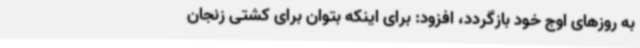
به روزهای اوج خود بازگردد، افزود: برای اینکه بتوان برای کشتی زنجان